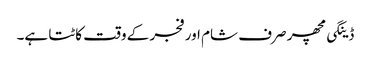
ڈینگی مچھر صرف شام اور فجر کے وقت کاٹتا ہے۔